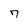
Character: 7